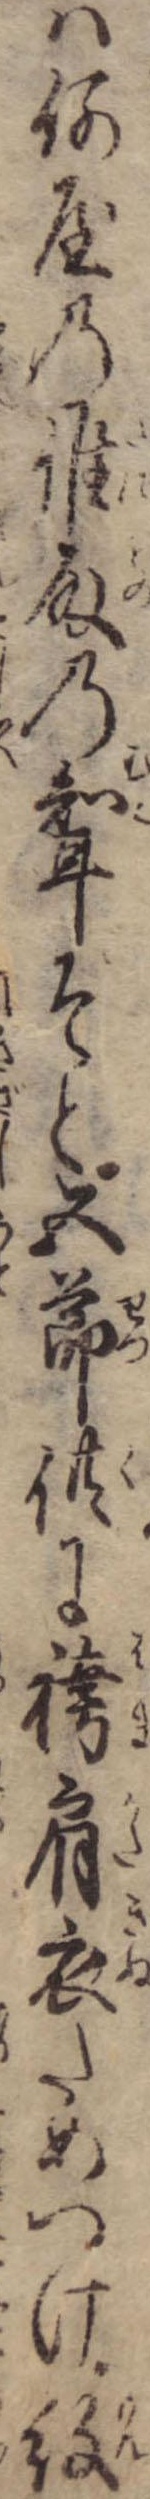
は何屋の誰殿の婿そと五節供に袴肩衣ためつけ紋